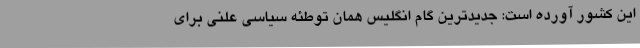
این کشور آورده است: جدیدترین گام انگلیس همان توطئه سیاسی علنی برای